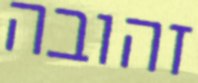
זהובה